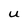
Character: U